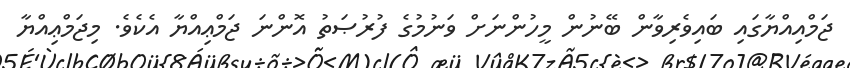
ޖަމްއިއްޔާގައި ބައިވެރިވާން ބޭނުން މީހުންނަށް ވަނުމުގެ ފުރުޞަތު އޮންނަ ޖަމްޢިއްޔާ އެކެވެ. މިޖަމްޢިއްޔާ